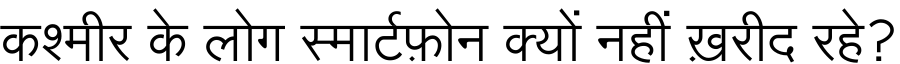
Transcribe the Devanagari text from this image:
कश्मीर के लोग स्मार्टफ़ोन क्यों नहीं ख़रीद रहे?